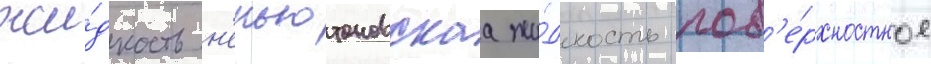
жи́дкость н'еньютоновскаа жи́дкость пов'е́рхностное